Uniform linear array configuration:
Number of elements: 24
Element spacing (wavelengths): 1
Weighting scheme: uniform
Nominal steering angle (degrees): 45
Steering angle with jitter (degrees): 44.017
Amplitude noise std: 0.05
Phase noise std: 0.05

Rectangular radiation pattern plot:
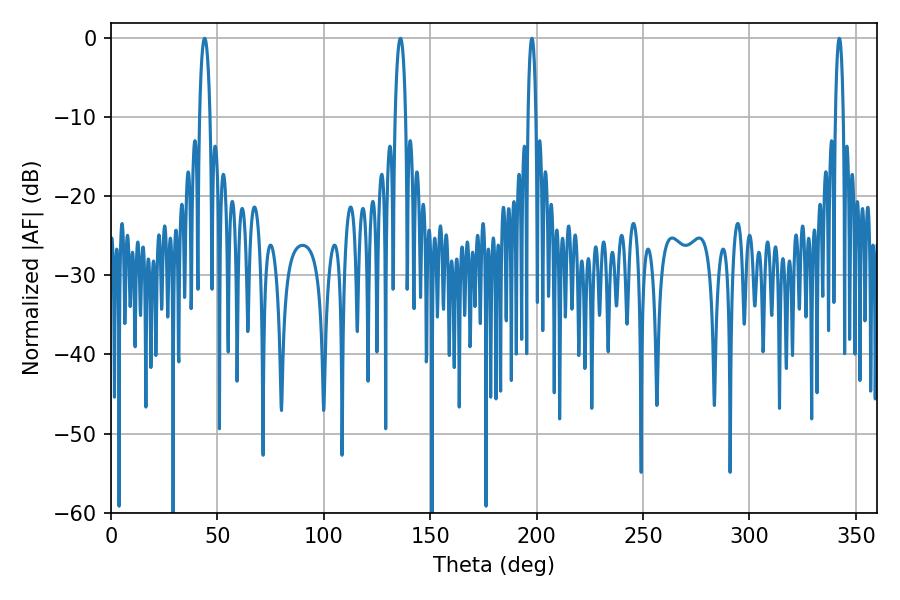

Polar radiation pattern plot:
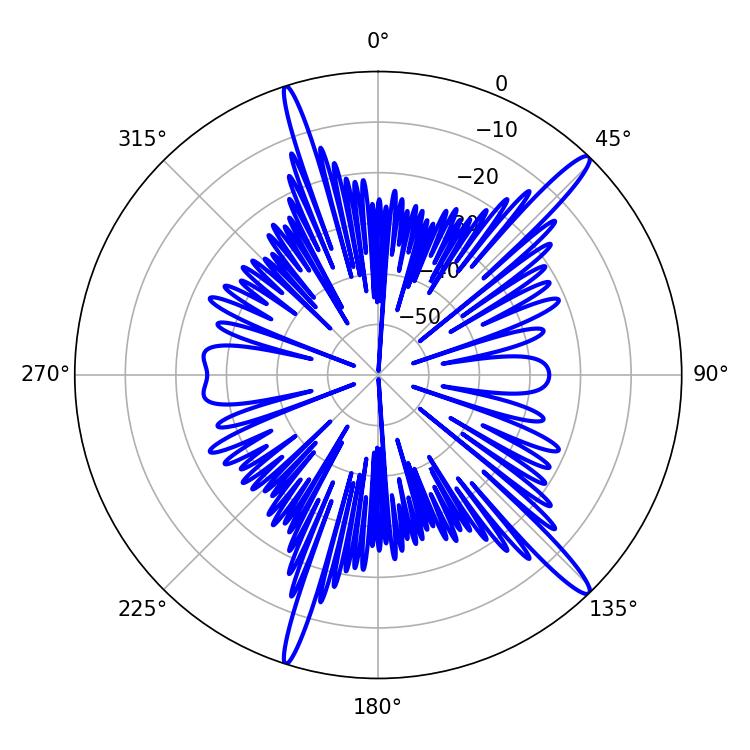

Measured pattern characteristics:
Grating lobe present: TRUE
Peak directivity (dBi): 15.815
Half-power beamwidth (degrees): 1.98
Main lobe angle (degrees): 342.18